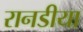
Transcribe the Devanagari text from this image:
रानडीया